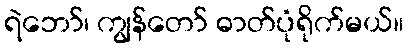
ရဲဘော်၊ ကျွန်တော် ဓာတ်ပုံရိုက်မယ်။